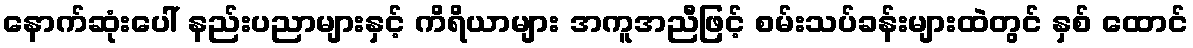
နောက်ဆုံးပေါ် နည်းပညာများနှင့် ကိရိယာများ အကူအညီဖြင့် စမ်းသပ်ခန်းများထဲတွင် နှစ် ထောင်